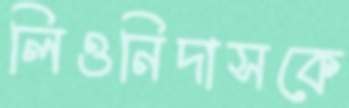
লিওনিদাসকে